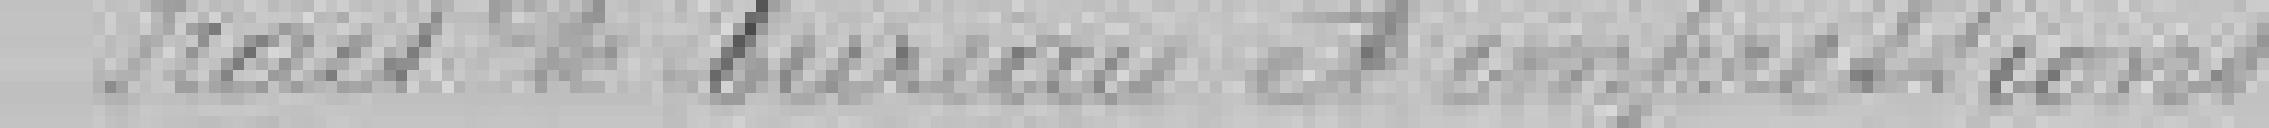
Frais de bureau et impressions